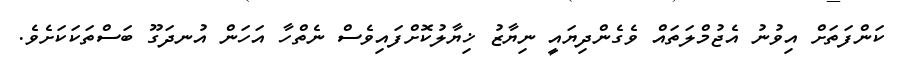
ކަންފަތަށް އިވުނު އެޖުމްލަތައް ވެގެންދިޔައީ ނިޔާޒު ޚިޔާލުކޮށްފައިވެސް ނެތްހާ އަހަން އުނދަގޫ ބަސްތަކަކަށެވެ.